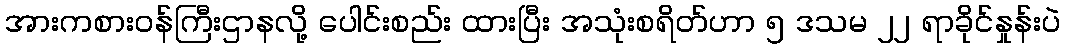
အားကစားဝန်ကြီးဌာနလို့ ပေါင်းစည်း ထားပြီး အသုံးစရိတ်ဟာ ၅ ဒသမ ၂၂ ရာခိုင်နှုန်းပဲ